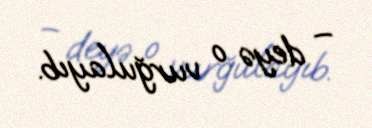
– deyə o vurğulayıb.